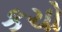
કચો